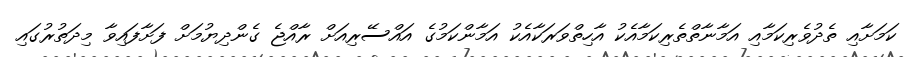
ކަމަށާއި ތެދުވެރިކަމާއި އަމާނާތްތެރިކަމާއެކު އާހިތްވަރަކާއެކު އަމާންކަމުގެ އައްސޭރިއަށް ރާއްޖެ ގެންދިޔުމަށް ފަށާފައިވާ މިދަތުރުގައި